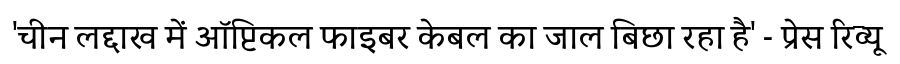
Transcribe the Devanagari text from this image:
'चीन लद्दाख में ऑप्टिकल फाइबर केबल का जाल बिछा रहा है' - प्रेस रिव्यू